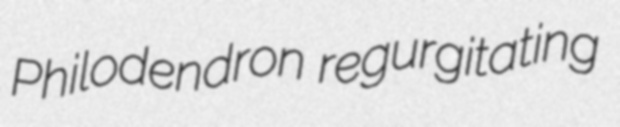
Philodendron regurgitating